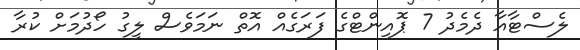
ލެސްޓާއާ ދެމެދު 7 ޕޮއިންޓްގެ ފަރަގެއް އޮތް ނަމަވެސް ލީގު ހޯދުމަށް ކުރާ